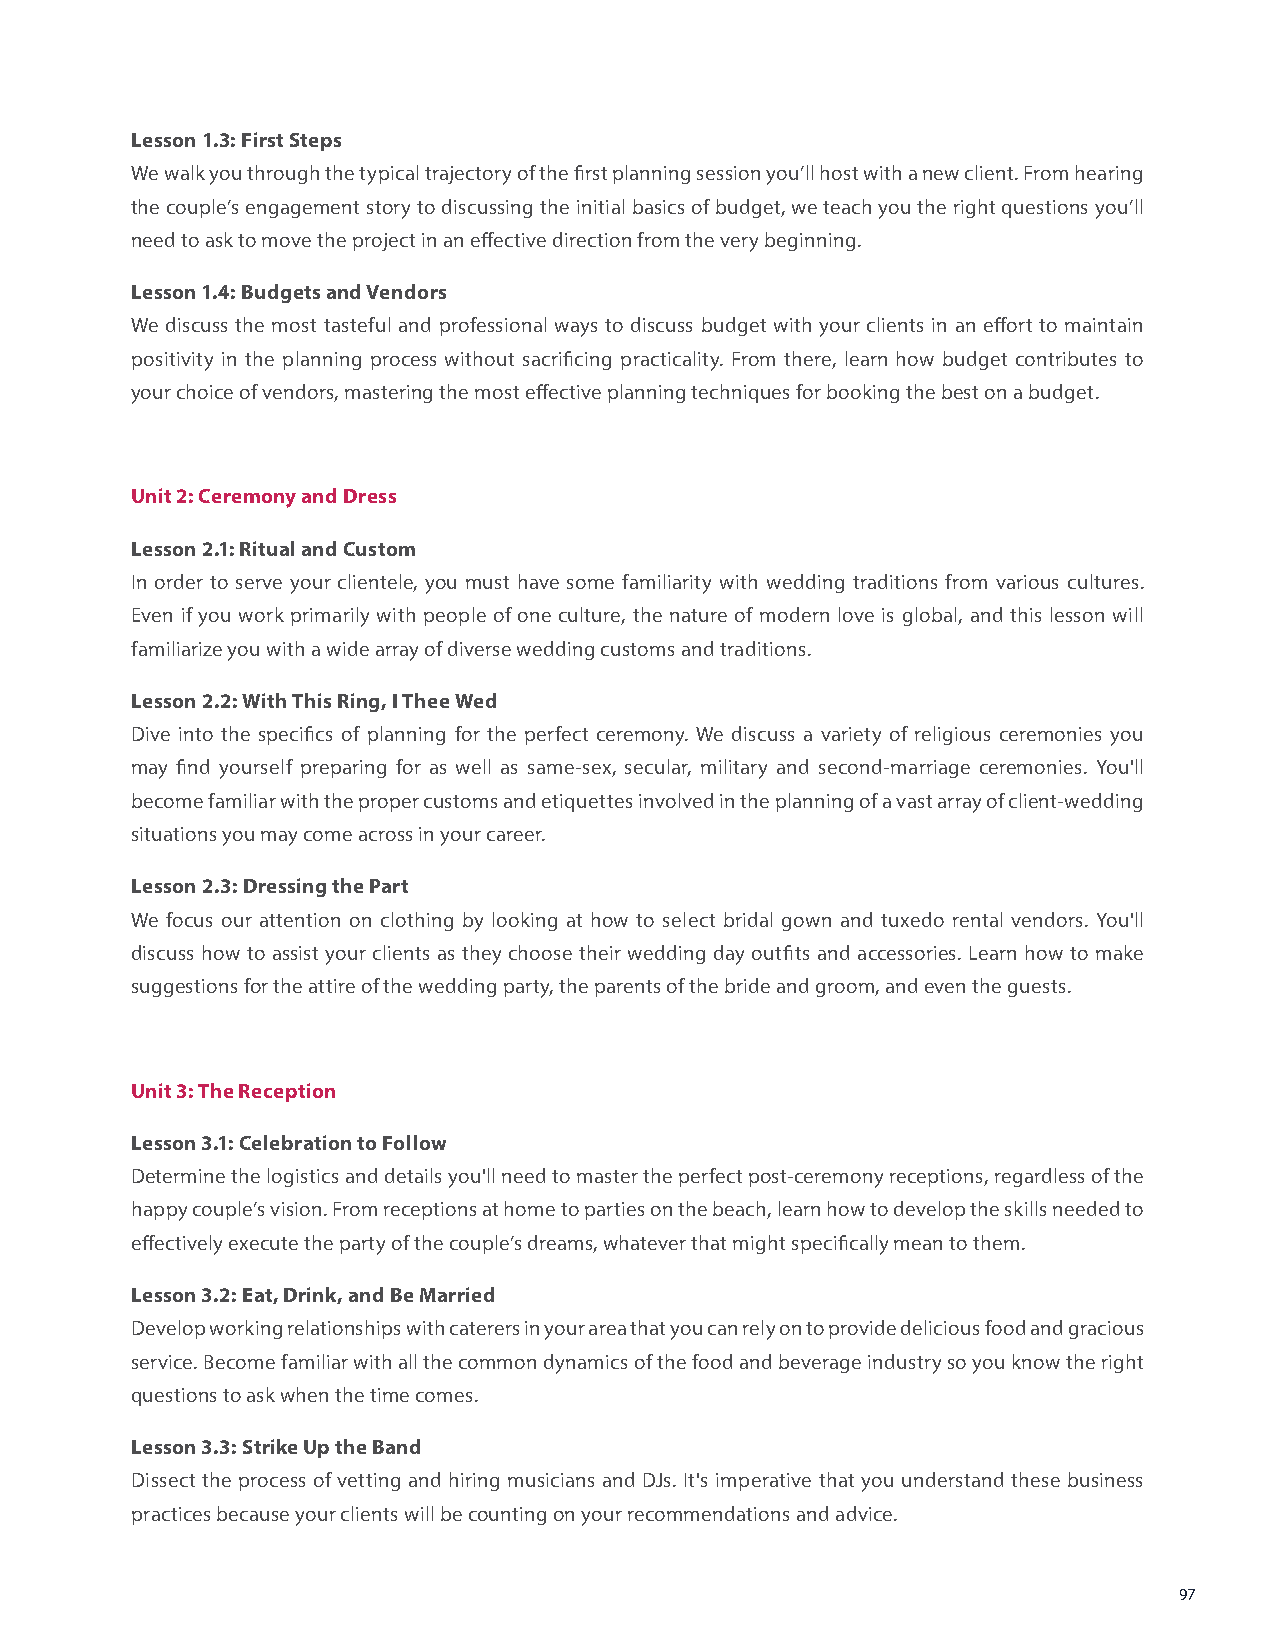
Lesson 1.3: First Steps
 We walk you through the typical trajectory of the first planning session you’ll host with a new client. From hearing
 the couple’s engagement story to discussing the initial basics of budget, we teach you the right questions you’ll
 need to ask to move the project in an effective direction from the very beginning.
 Lesson 1.4: Budgets and Vendors
 We discuss the most tasteful and professional ways to discuss budget with your clients in an effort to maintain
 positivity in the planning process without sacrificing practicality. From there, learn how budget contributes to
 your choice of vendors, mastering the most effective planning techniques for booking the best on a budget.
 Unit 2: Ceremony and Dress
 Lesson 2.1: Ritual and Custom
 In order to serve your clientele, you must have some familiarity with wedding traditions from various cultures.
 Even if you work primarily with people of one culture, the nature of modern love is global, and this lesson will
 familiarize you with a wide array of diverse wedding customs and traditions.
 Lesson 2.2: With This Ring, I Thee Wed
 Dive into the specifics of planning for the perfect ceremony. We discuss a variety of religious ceremonies you
 may find yourself preparing for as well as same-sex, secular, military and second-marriage ceremonies. You'll
 become familiar with the proper customs and etiquettes involved in the planning of a vast array of client-wedding
 situations you may come across in your career.
 Lesson 2.3: Dressing the Part
 We focus our attention on clothing by looking at how to select bridal gown and tuxedo rental vendors. You'll
 discuss how to assist your clients as they choose their wedding day outfits and accessories. Learn how to make
 suggestions for the attire of the wedding party, the parents of the bride and groom, and even the guests.
 Unit 3: The Reception
 Lesson 3.1: Celebration to Follow
 Determine the logistics and details you'll need to master the perfect post-ceremony receptions, regardless of the
 happy couple’s vision. From receptions at home to parties on the beach, learn how to develop the skills needed to
 effectively execute the party of the couple’s dreams, whatever that might specifically mean to them.
 Lesson 3.2: Eat, Drink, and Be Married
 Develop working relationships with caterers in your area that you can rely on to provide delicious food and gracious
 service. Become familiar with all the common dynamics of the food and beverage industry so you know the right
 questions to ask when the time comes.
 Lesson 3.3: Strike Up the Band
 Dissect the process of vetting and hiring musicians and DJs. It's imperative that you understand these business
 practices because your clients will be counting on your recommendations and advice.
 97